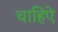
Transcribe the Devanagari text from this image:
चाहिऐ